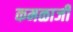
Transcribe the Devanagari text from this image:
कमळाजी